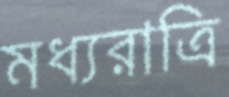
মধ্যরাত্রি